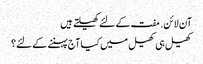
آن لائن. مفت کے لئے کھیلتے ہیں
کھیل ہی کھیل میں کیا آج پہننے کے لئے؟